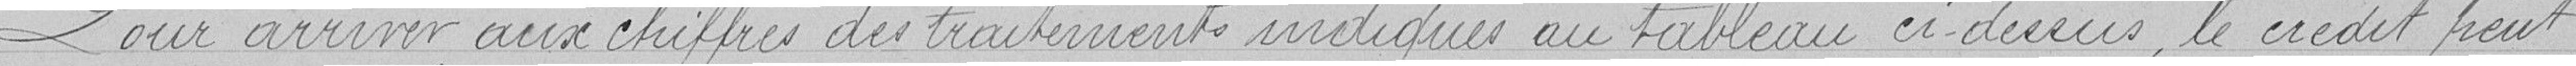
Pour arriver aux chiffres des traitements indiqués au tableau ci-dessus, le crédit peut